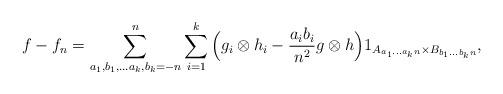
LaTeX: \begin{align*}f-f_n = \sum_{a_1,b_1, \ldots a_k,b_k=-n}^n \sum_{i=1}^k\Big(g_i\otimes h_i - \frac {a_i b_i}{n^2} g\otimes h\Big) 1_{A_{a_1\ldots a_kn} \times B_{b_1\ldots b_kn}} ,\end{align*}